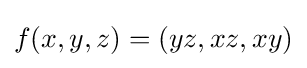
f(x,y,z)=(yz,xz,xy)